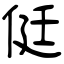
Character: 侹